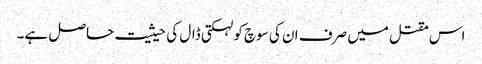
اس مقتل میں صرف ان کی سوچ کو لہکتی ڈال کی حیثیت حاصل ہے۔